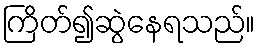
ကြိတ်၍ဆွဲနေရသည်။